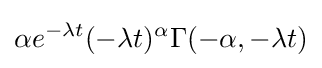
\alpha e^{-\lambda t}(-\lambda t)^{\alpha }\Gamma (-\alpha ,-\lambda t)